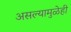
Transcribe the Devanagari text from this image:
असल्यामुळेही